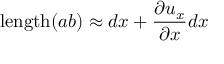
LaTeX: \mathrm { l e n g t h } ( a b ) \approx d x + { \frac { \partial u _ { x } } { \partial x } } d x